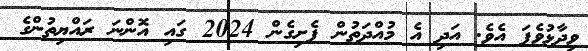
ވިދާޅުވެފަ އެވެ. އަދި އެ މުއްދަތުން ފެށިގެން 2024 ގައި އޮންނަ ރައްޔިތުންގެ